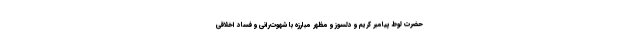
حضرت لوط پیامبر کریم و دلسوز و مظهر مبارزه با شهوت‌رانی و فساد اخلاقی